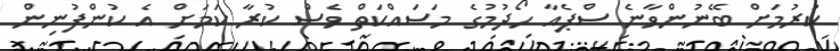
ކުރުމަށް ބޭނުންވާނެ ސްޕެއާ ހޯދުމުގެ މަސައްކަތް ވެސް ކުރާ ކަމަށް އެ ކުންފުނިން